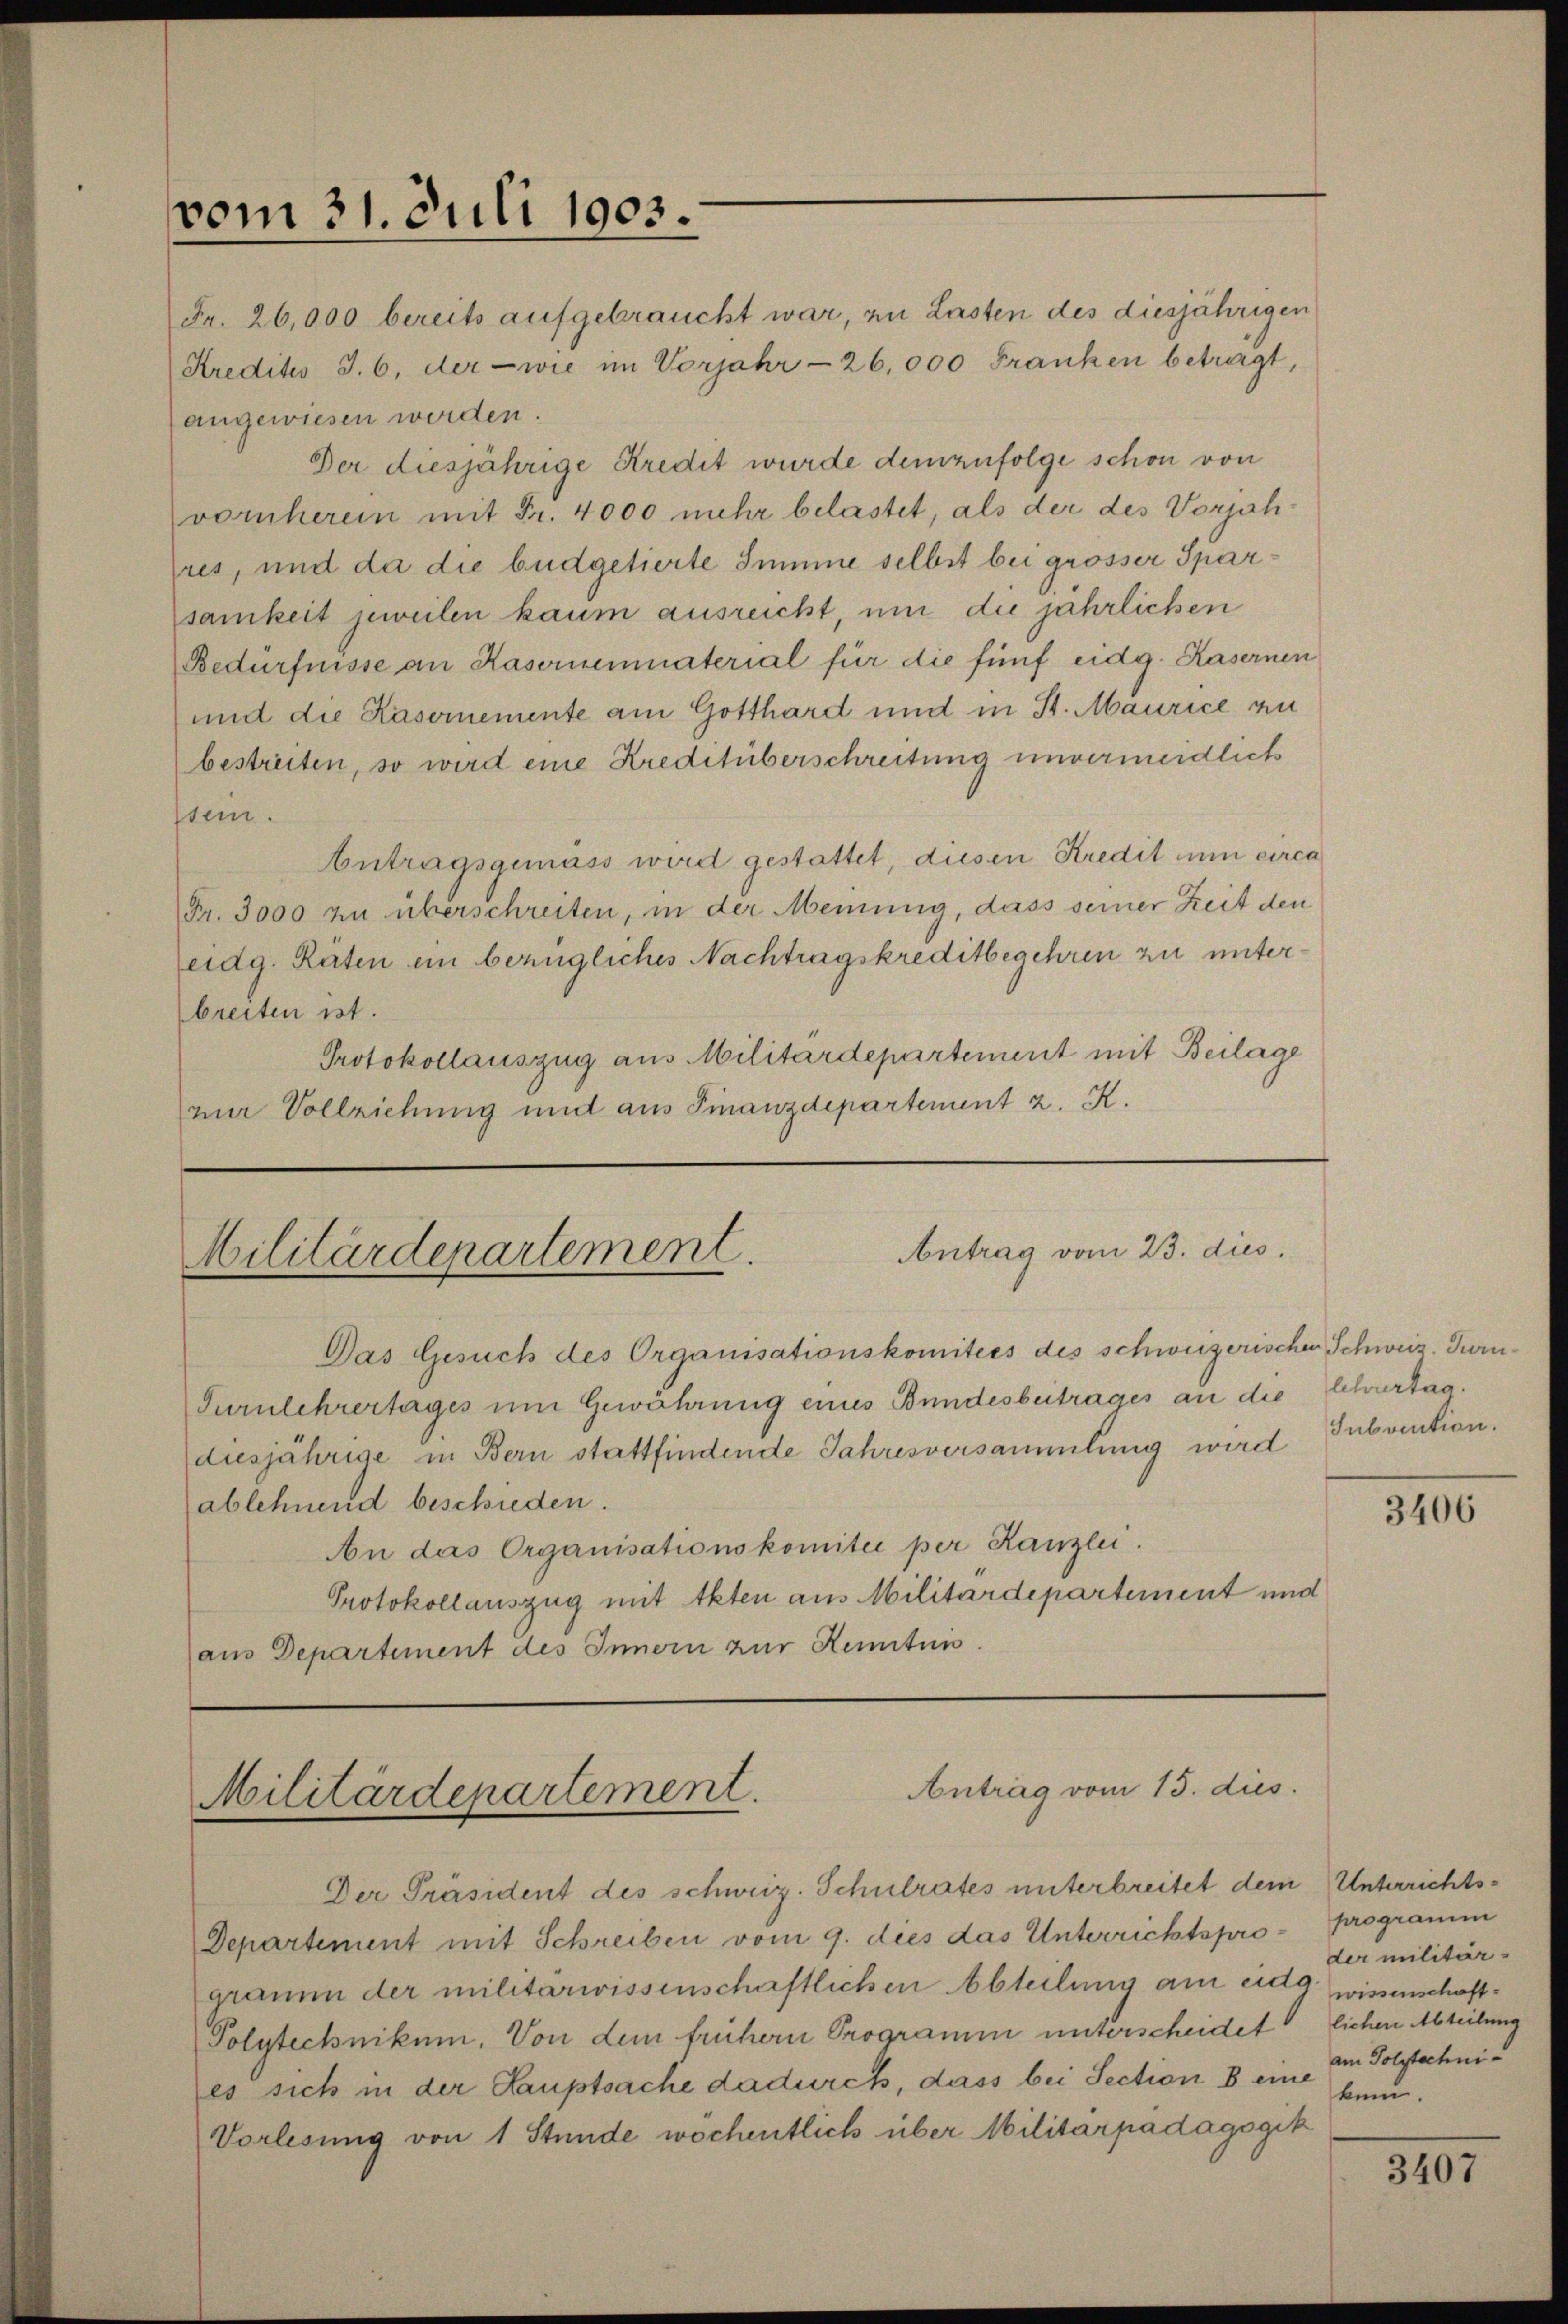
vom 31. Juli 1903.
-

Fr. 26,000 bereits aufgebraucht war, zu Lasten des diesjährigen
Kredites J. 6, der wie im Vorjahr 26,000 Franken betragt,
angewiesen werden.
Der diesjährige Kredit wurde demzufolge schon von
vornheren mit Fr. 4000 mehr belastet, als der des Vorjah¬
Eres, und da die büdgetierte Summe selbst bei grösser Sparsamkeit jeweilen kaum ausreicht, um die jährlichen
Bedürfnisse an Kasernenmaterial für die fünf eidg. Kasernen
und die Kasernemente am Gotthard und in St. Maurice an

bestreiten, so wird eine Kreditüberschreitung unvermeidlich
ssein.
Antragsgemäss wird gestattet, diesen Kredit um circa
Fr. 3000 zu überschreiten, in der Meinung, dass seiner Zeit den
eidg. Raten ein bezügliches Nachtragskreditbegehren zu unterbreiten ist.
Protokollauszug aus Militärdepartement mit Beilage
nur Vollziehung und aus Finanzdepartement z. K.

Antrag vom 23. dies
Militärdepartement.

Das Gesuch des Organisationskomitees des schweizerischen Schweiz. Turn¬
Turnlehrertages um Gewährung eines Bundesbeitrages an die Schurtag.
diesjährige in Bern stattfindende Jahresversammlung wird
ablehnend beschieden.
An das Organisationskomitei per Kanzlei.
Protokollauszug mit Akten aus Militärdepartement und
aus Departement des Innern zur Kenntnis.

Antrag vom 13. dies
Militärdepartement.

Der Präsident des schweiz. Schulrates unterbreitet dem Unterrichts¬
Departement mit Schreiben vom 9. dies das Unterrichtspro- programm
gramm der militärwissenschaftlichen Abteilung am eidg. wissenschaft¬
Polytechnikum. Von dem frühern Programm unterscheidet, lichen Abteilung
es sich in der Hauptsache dadurch, dass bei Section B eine sein.
Vorlesung von 1 Stunde wochentlich über Militärpadagogik

Subvention.

3406

der militär-
am Polytechni

3407